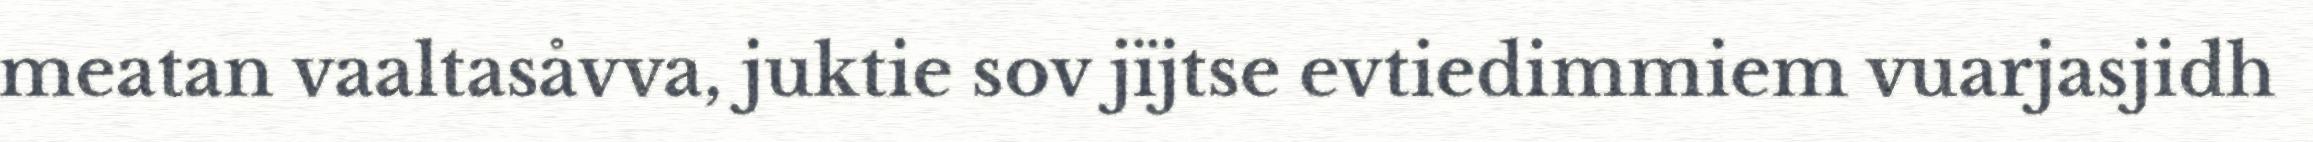
meatan vaaltasåvva, juktie sov jïjtse evtiedimmiem vuarjasjidh